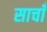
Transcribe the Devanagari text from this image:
साचाँ